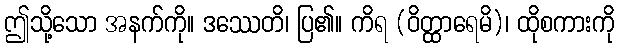
ဤသို့သော အနက်ကို။ ဒဿေတိ၊ ပြ၏။ ကိရ (ဝိတ္ထာရေမိ)၊ ထိုစကားကို